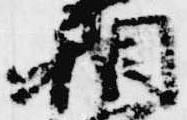
相